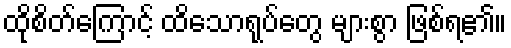
ထိုစိတ်ကြောင့် ထိသောရုပ်တွေ များစွာ ဖြစ်ရ၏။